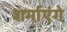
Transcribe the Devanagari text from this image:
शर्माएंगे